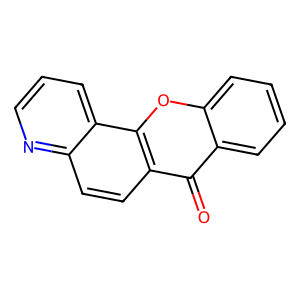
SMILES: O=c1c2ccccc2oc2c1ccc1ncccc12
Inhibits HIV replication: No